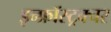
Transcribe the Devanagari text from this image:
इन्फ्रॉस्ट्रक्चर